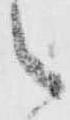
之